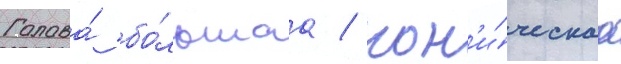
Голова́ бо́льшаа / кон'и́ческаа